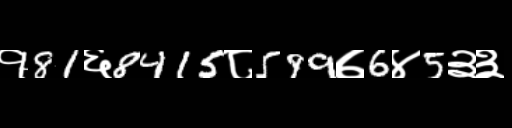
Text: १81६8415८599७6४5३३